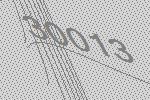
30013